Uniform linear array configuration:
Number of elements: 16
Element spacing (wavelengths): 1
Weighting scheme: uniform
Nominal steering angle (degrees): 60
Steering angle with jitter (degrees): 61.874
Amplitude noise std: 0.05
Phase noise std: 0.05

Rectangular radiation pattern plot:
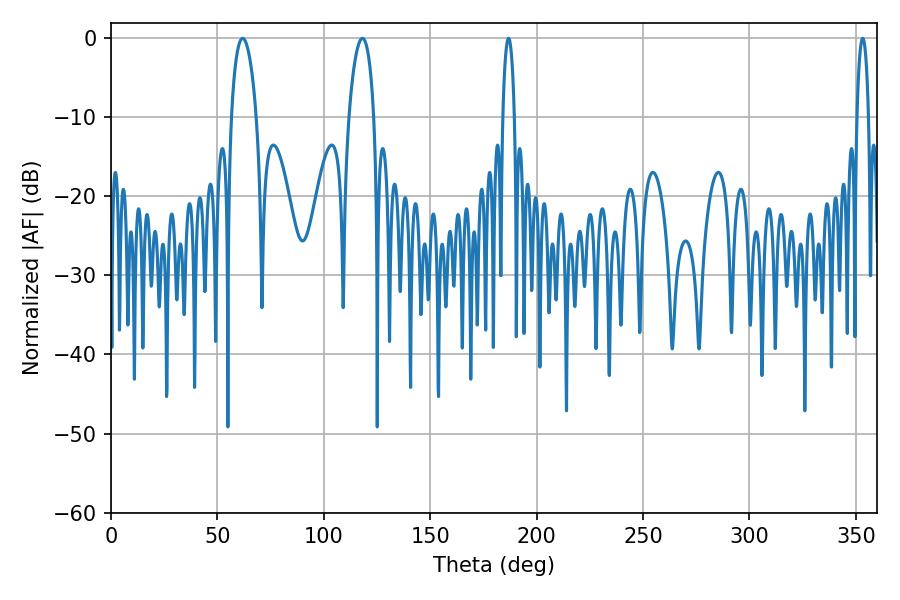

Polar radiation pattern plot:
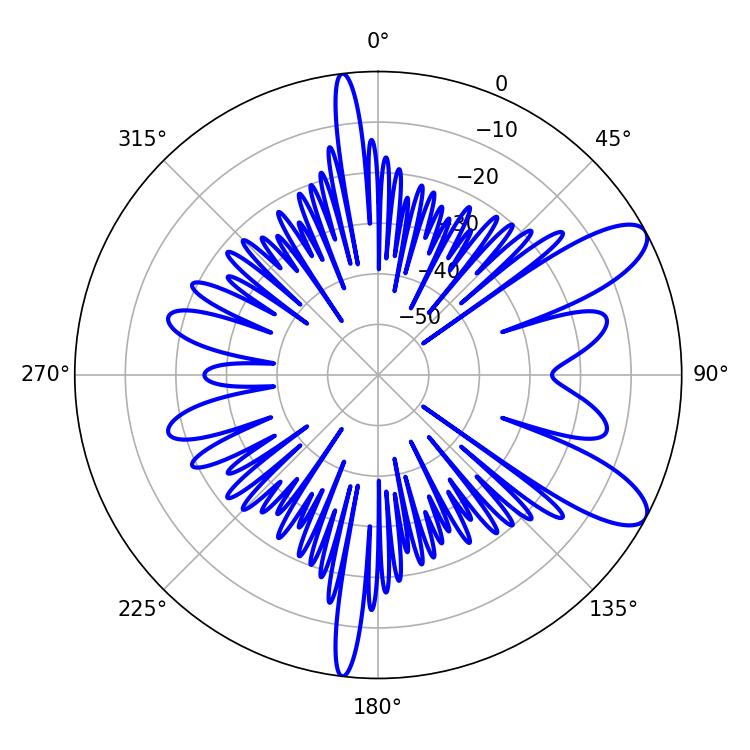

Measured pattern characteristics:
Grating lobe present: TRUE
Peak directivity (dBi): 9.75
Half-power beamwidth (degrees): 6.66
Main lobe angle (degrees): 61.92